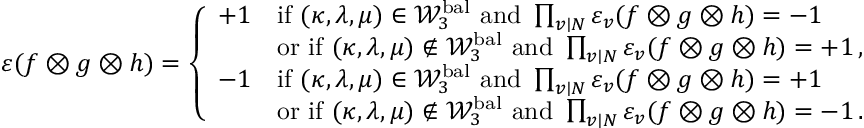
\begin{array} { r } { \varepsilon ( f \otimes g \otimes h ) = \left\{ \begin{array} { l l } { + 1 } & { \mathrm { i f ~ } ( \kappa , \lambda , \mu ) \in \mathcal { W } _ { 3 } ^ { \mathrm { b a l } } \mathrm { ~ a n d ~ } \prod _ { v \mid N } \varepsilon _ { v } ( f \otimes g \otimes h ) = - 1 \, } \\ & { \mathrm { o r ~ i f ~ } ( \kappa , \lambda , \mu ) \notin \mathcal { W } _ { 3 } ^ { \mathrm { b a l } } \mathrm { ~ a n d ~ } \prod _ { v \mid N } \varepsilon _ { v } ( f \otimes g \otimes h ) = + 1 \, , } \\ { - 1 } & { \mathrm { i f ~ } ( \kappa , \lambda , \mu ) \in \mathcal { W } _ { 3 } ^ { \mathrm { b a l } } \mathrm { ~ a n d ~ } \prod _ { v \mid N } \varepsilon _ { v } ( f \otimes g \otimes h ) = + 1 \, } \\ & { \mathrm { o r ~ i f ~ } ( \kappa , \lambda , \mu ) \notin \mathcal { W } _ { 3 } ^ { \mathrm { b a l } } \mathrm { ~ a n d ~ } \prod _ { v \mid N } \varepsilon _ { v } ( f \otimes g \otimes h ) = - 1 \, . } \end{array} \right. } \end{array}